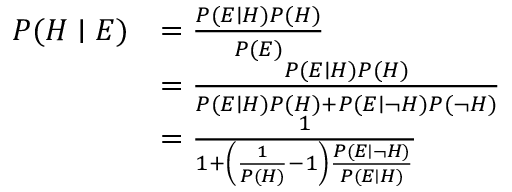
{ \begin{array} { r l } { P ( H \mid E ) } & { = { \frac { P ( E \mid H ) P ( H ) } { P ( E ) } } } \\ & { = { \frac { P ( E \mid H ) P ( H ) } { P ( E \mid H ) P ( H ) + P ( E \mid \neg H ) P ( \neg H ) } } } \\ & { = { \frac { 1 } { 1 + \left( { \frac { 1 } { P ( H ) } } - 1 \right) { \frac { P ( E \mid \neg H ) } { P ( E \mid H ) } } } } } \end{array} }